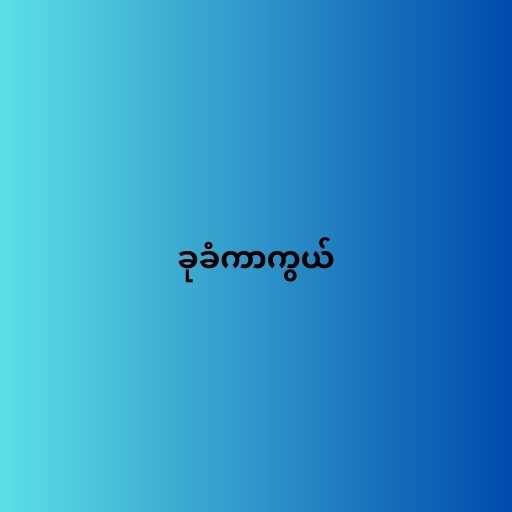
ခုခံကာကွယ်